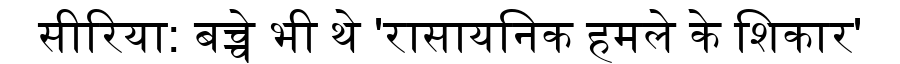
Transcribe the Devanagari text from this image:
सीरिया: बच्चे भी थे 'रासायनिक हमले के शिकार'